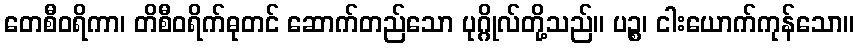
တေစီဝရိကာ၊ တိစီဝရိက်ဓုတင် ဆောက်တည်သော ပုဂ္ဂိုလ်တို့သည်။ ပဉ္စ၊ ငါးယောက်ကုန်သော။